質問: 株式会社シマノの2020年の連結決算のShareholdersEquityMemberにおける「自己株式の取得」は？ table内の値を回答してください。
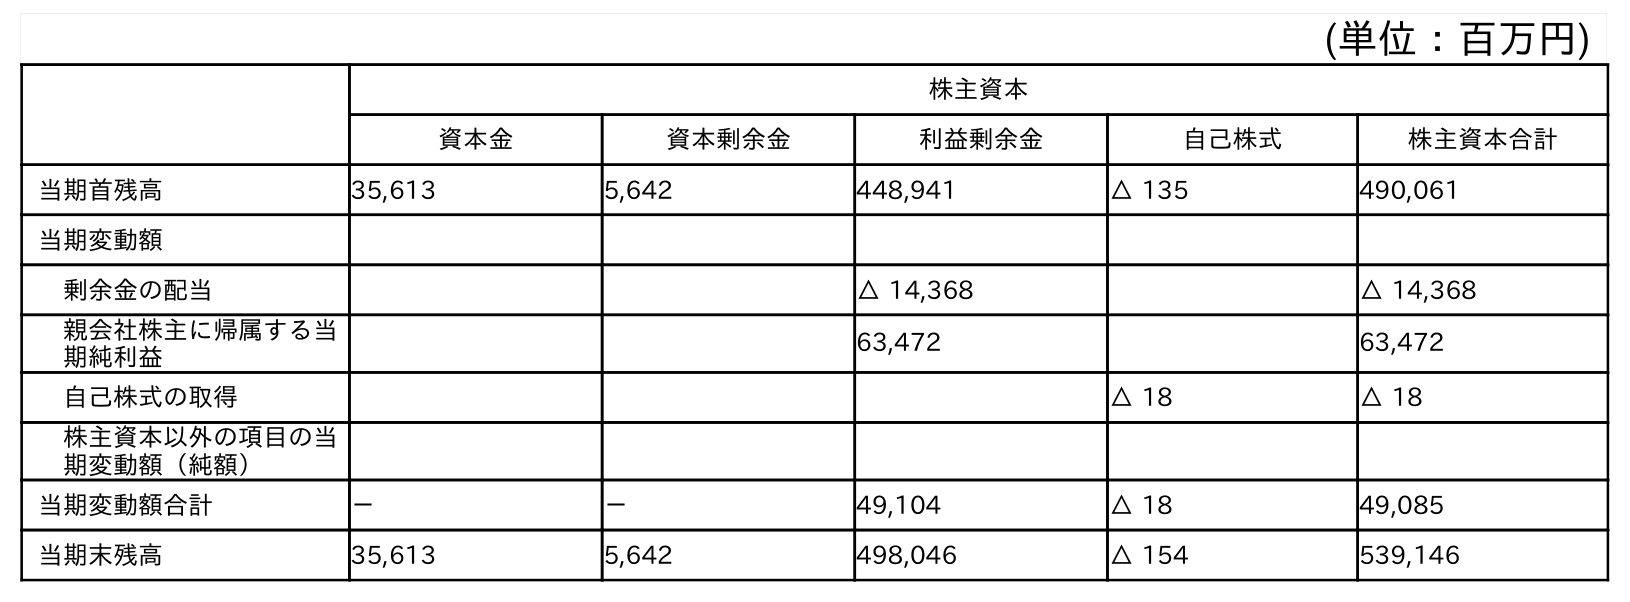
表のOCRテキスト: (単位：百万円) 株主資本 資本金 資本剰余金 利益剰余金 自己株式 株主資本合計 当期首残高 35,613 5,642 448,941 △ 135 490,061 当期変動額 剰余金の配当 △ 14,368 △ 14,368 親会社株主に帰属する当 期純利益 63,472 63,472 自己株式の取得 △ 18 △ 18 株主資本以外の項目の当 期変動額（純額） 当期変動額合計 － － 49,104 △ 18 49,085 当期末残高 35,613 5,642 498,046 △ 154 539,146
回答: △18